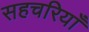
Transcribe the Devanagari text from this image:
सहचरियाँ